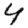
Digit: 4